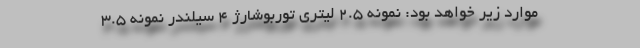
موارد زیر خواهد بود: نمونه 2.5 لیتری توربوشارژ 4 سیلندر نمونه 3.5